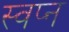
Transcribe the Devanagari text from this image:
स्वप्‍न